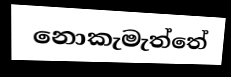
නොකැමැත්තේ